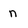
Character: n